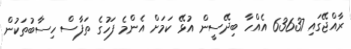
ރާއްޖޭގައި 63637 އެއްހާ ބިދޭސީން އުޅޭ ކަމަށް އެންމެ ފަހުގެ ތަފާސް ހިސާބުތަކުން